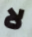
لا